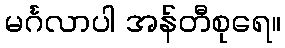
မင်္ဂလာပါ အန်တီစုရေ။